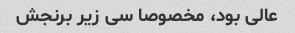
عالی بود، مخصوصا سی زیر برنجش